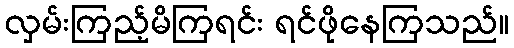
လှမ်းကြည့်မိကြရင်း ရင်ဖိုနေကြသည်။